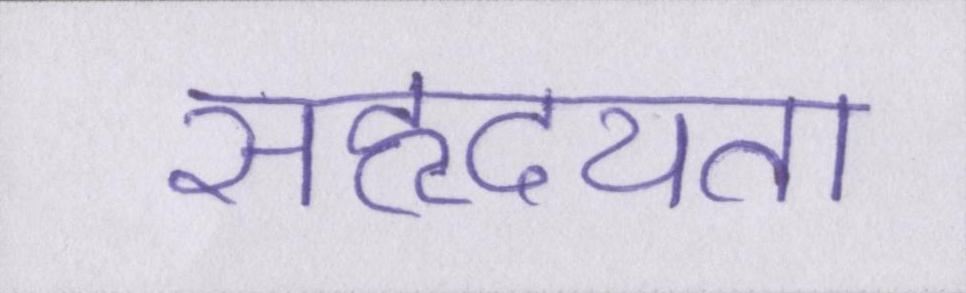
सहृदयता